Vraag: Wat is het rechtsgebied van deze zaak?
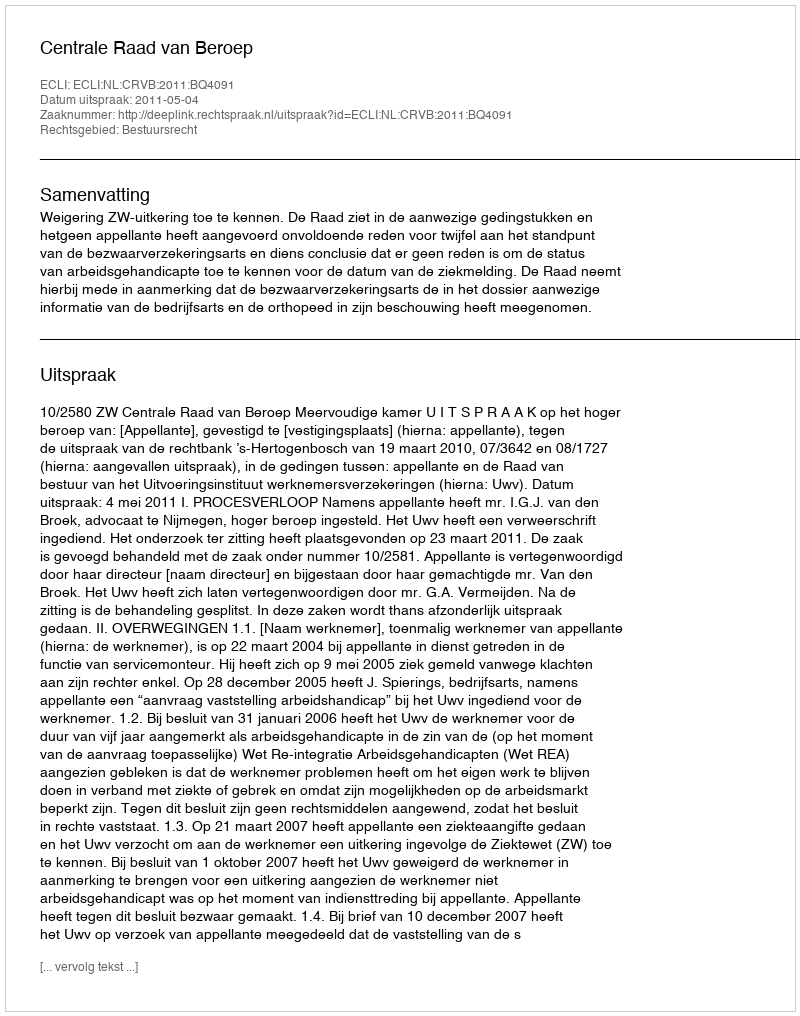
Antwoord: Bestuursrecht